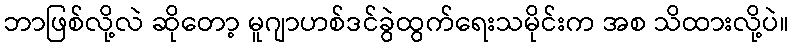
ဘာဖြစ်လို့လဲ ဆိုတော့ မူဂျာဟစ်ဒင်ခွဲထွက်ရေးသမိုင်းက အစ သိထားလို့ပဲ။